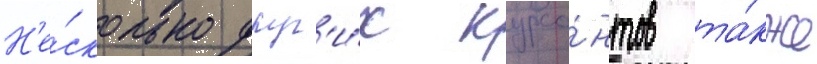
Н'е́сколько друг'и́х курса́нтов та́кже